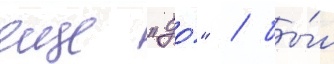
еще "до́" / бы́л